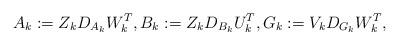
LaTeX: \begin{align*} A_k := Z_k D_{A_k} W_k^T, B_k := Z_k D_{B_k} U_k^T, G_k := V_k D_{G_k} W_k^T,\end{align*}